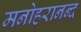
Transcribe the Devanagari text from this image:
मनोहरानन्द